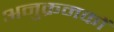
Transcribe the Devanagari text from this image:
अनुक्रमकों